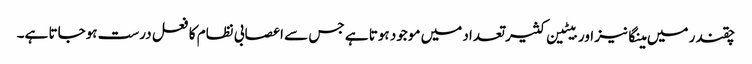
چقندر میں مینگانیز اور بیٹین کثیر تعداد میں موجود ہوتا ہے جس سے اعصابی نظام کا فعل درست ہوجاتا ہے۔